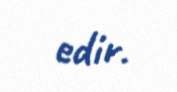
edir.